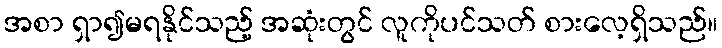
အစာ ရှာ၍မရနိုင်သည့် အဆုံးတွင် လူကိုပင်သတ် စားလေ့ရှိသည်။